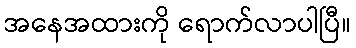
အနေအထားကို ရောက်လာပါပြီ။